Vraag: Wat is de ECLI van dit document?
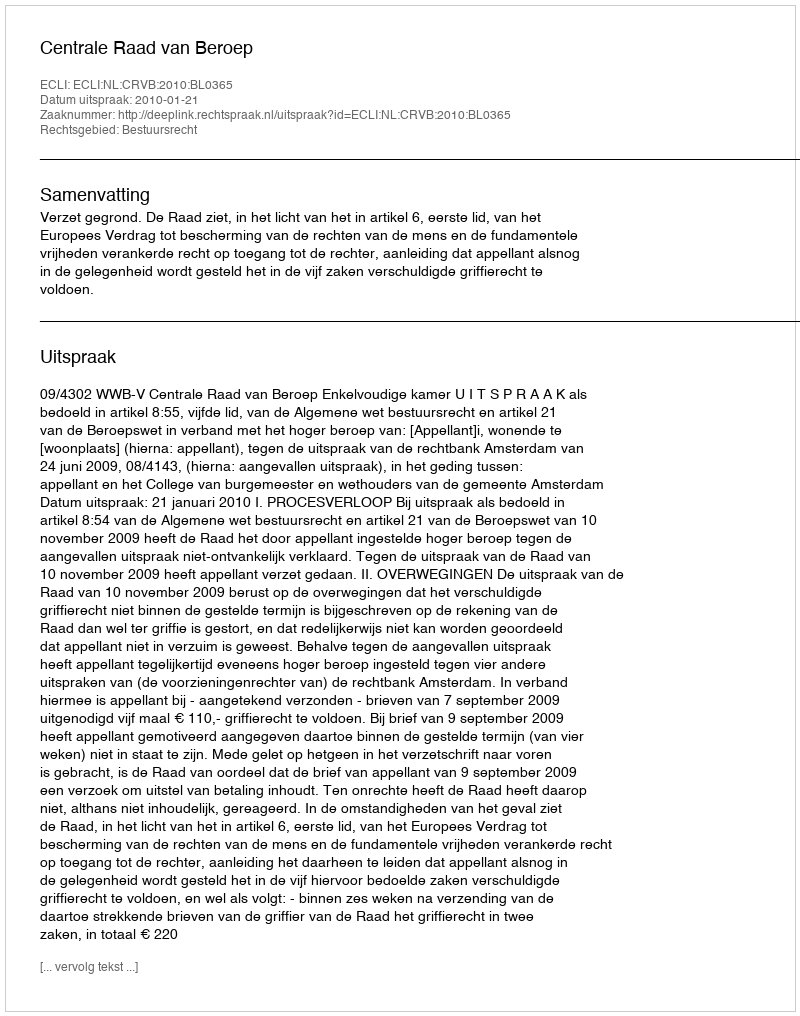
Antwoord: ECLI:NL:CRVB:2010:BL0365